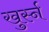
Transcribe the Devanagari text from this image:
खुर्स्न